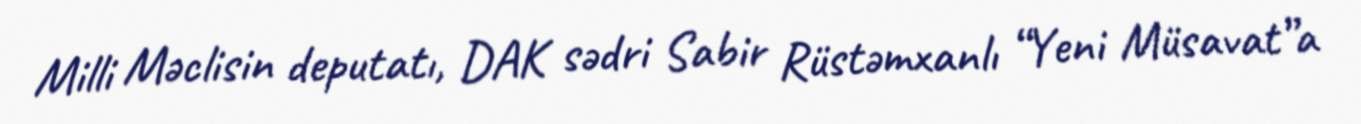
Milli Məclisin deputatı, DAK sədri Sabir Rüstəmxanlı “Yeni Müsavat”a